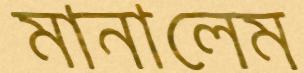
মানালেম